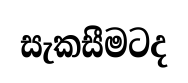
සැකසීමටද